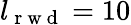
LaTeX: l_{\mathrm{~r~w~d~}}=10